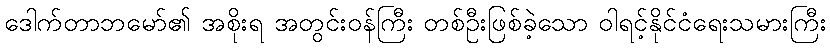
ဒေါက်တာဘမော်၏ အစိုးရ အတွင်းဝန်ကြီး တစ်ဦးဖြစ်ခဲ့သော ဝါရင့်နိုင်ငံရေးသမားကြီး